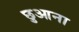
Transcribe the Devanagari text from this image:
छुआना